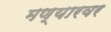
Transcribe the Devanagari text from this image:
मण्यारवर